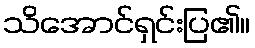
သိအောင်ရှင်းပြ၏။